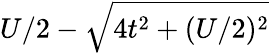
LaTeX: U/2-\sqrt{4t^{2}+(U/2)^{2}}